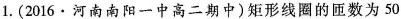
1.(2016·河南南阳一中高二期中)矩形线圈的匝数为50